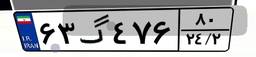
۶۳گ۴۷۶۸۰